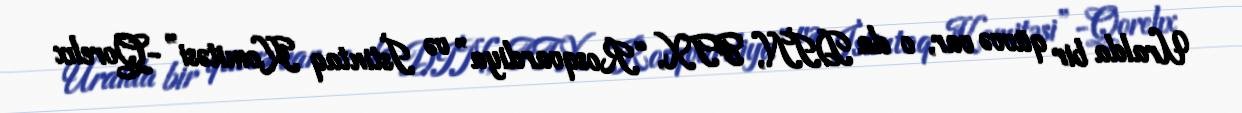
Uralda bir qüvvə var, o da DİN, FTX, “Rosqvardiya” və İstintaq Komitəsi”-Qorelıx